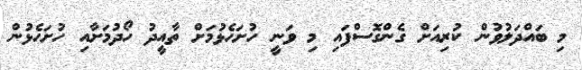
މި ބައްދަލުވުން ކުރިއަށް ގެންގޮސްފައި މި ވަނީ ހުށަހެޅުމަށް ތާއީދު ހޯދުމަށާއި ހުށަހެޅުން